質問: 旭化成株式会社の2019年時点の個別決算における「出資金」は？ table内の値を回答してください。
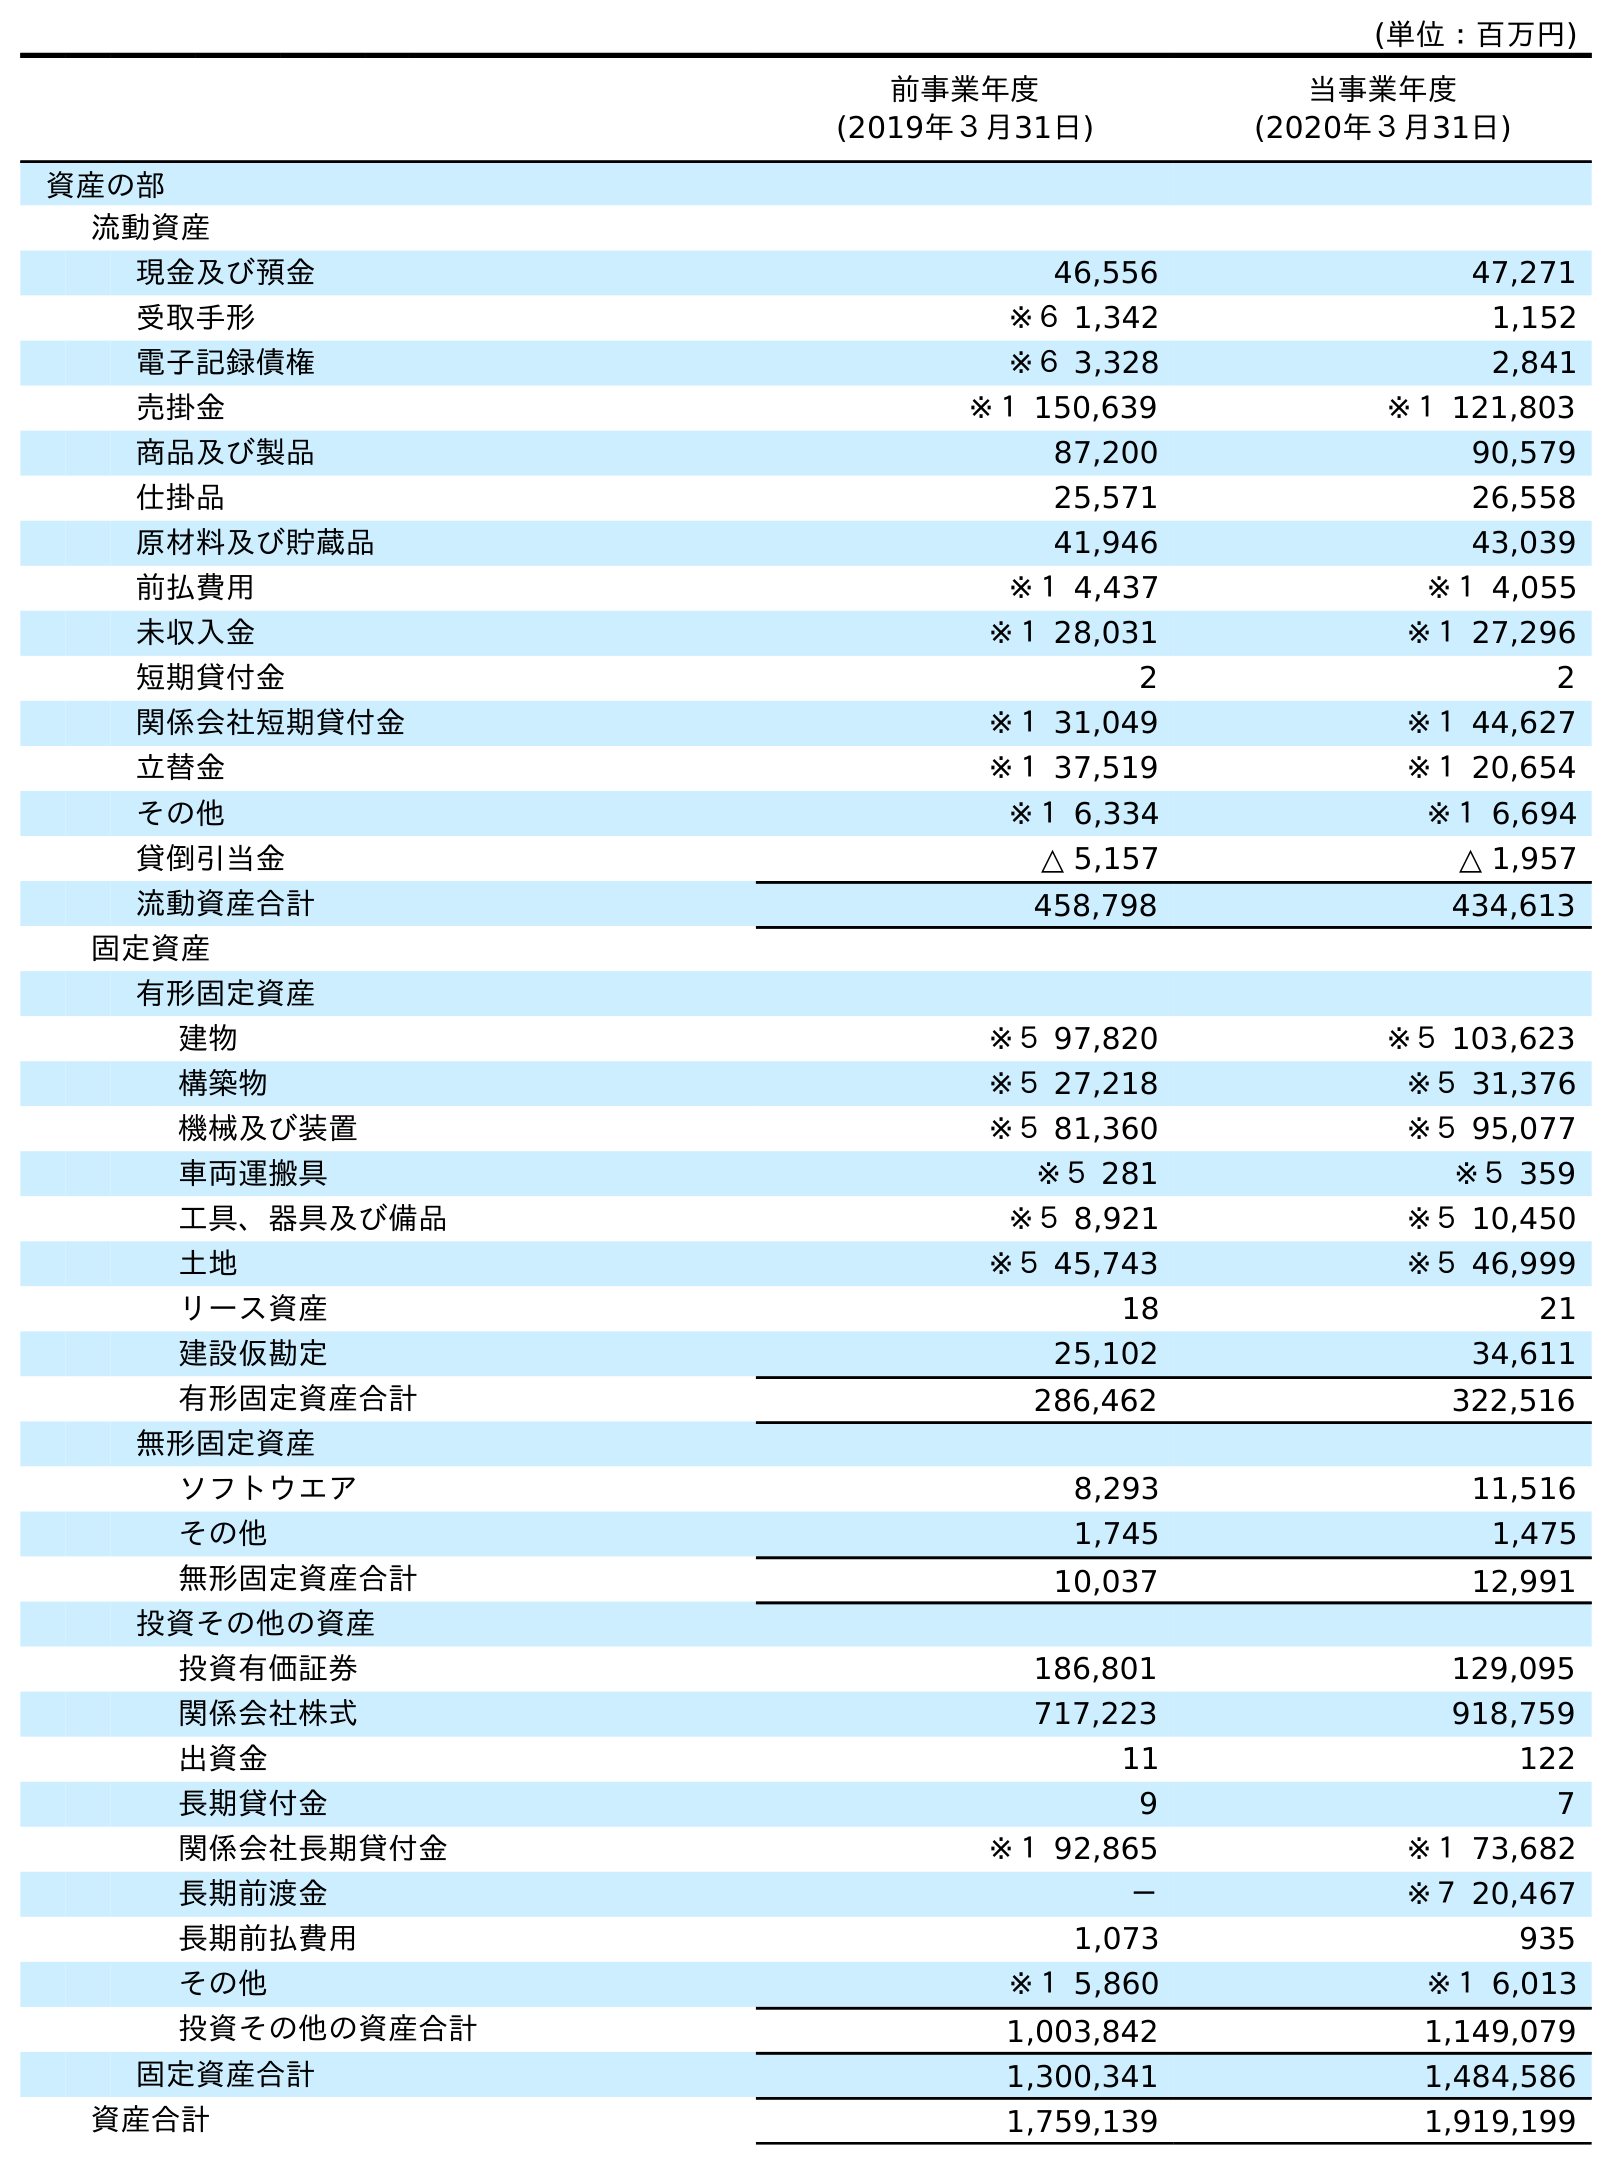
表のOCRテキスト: (単位：百万円) 前事業年度 (2019年３月31日) 当事業年度 (2020年３月31日) 資産の部 流動資産 現金及び預金 46,556 47,271 受取手形 ※６ 1,342 1,152 電子記録債権 ※６ 3,328 2,841 売掛金 ※１ 150,639 ※１ 121,803 商品及び製品 87,200 90,579 仕掛品 25,571 26,558 原材料及び貯蔵品 41,946 43,039 前払費用 ※１ 4,437 ※１ 4,055 未収入金 ※１ 28,031 ※１ 27,296 短期貸付金 2 2 関係会社短期貸付金 ※１ 31,049 ※１ 44,627 立替金 ※１ 37,519 ※１ 20,654 その他 ※１ 6,334 ※１ 6,694 貸倒引当金 △ 5,157 △ 1,957 流動資産合計 458,798 434,613 固定資産 有形固定資産 建物 ※５ 97,820 ※５ 103,623 構築物 ※５ 27,218 ※５ 31,376 機械及び装置 ※５ 81,360 ※５ 95,077 車両運搬具 ※５ 281 ※５ 359 工具、器具及び備品 ※５ 8,921 ※５ 10,450 土地 ※５ 45,743 ※５ 46,999 リース資産 18 21 建設仮勘定 25,102 34,611 有形固定資産合計 286,462 322,516 無形固定資産 ソフトウエア 8,293 11,516 その他 1,745 1,475 無形固定資産合計 10,037 12,991 投資その他の資産 投資有価証券 186,801 129,095 関係会社株式 717,223 918,759 出資金 11 122 長期貸付金 9 7 関係会社長期貸付金 ※１ 92,865 ※１ 73,682 長期前渡金 － ※７ 20,467 長期前払費用 1,073 935 その他 ※１ 5,860 ※１ 6,013 投資その他の資産合計 1,003,842 1,149,079 固定資産合計 1,300,341 1,484,586 資産合計 1,759,139 1,919,199
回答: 11